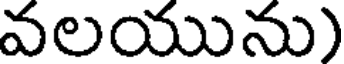
వలయును)